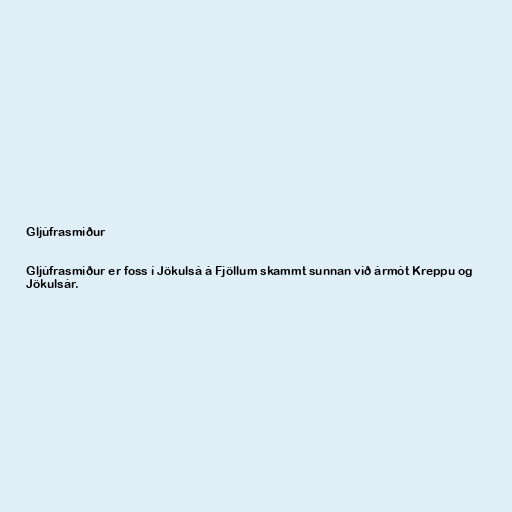
Gljúfrasmiður

Gljúfrasmiður er foss í Jökulsá á Fjöllum skammt sunnan við ármót Kreppu og
Jökulsár.